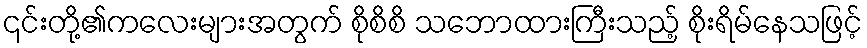
၎င်းတို့၏ကလေးများအတွက် စိုစိစိ သဘောထားကြီးသည့် စိုးရိမ်နေသဖြင့်